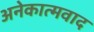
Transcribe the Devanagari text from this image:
अनेकात्मवाद